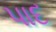
પાદ